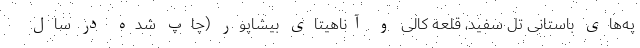
په‌های باستانی تل سفید، قلعه کالی و آناهیتای بیشاپور (چاپ شده در سال